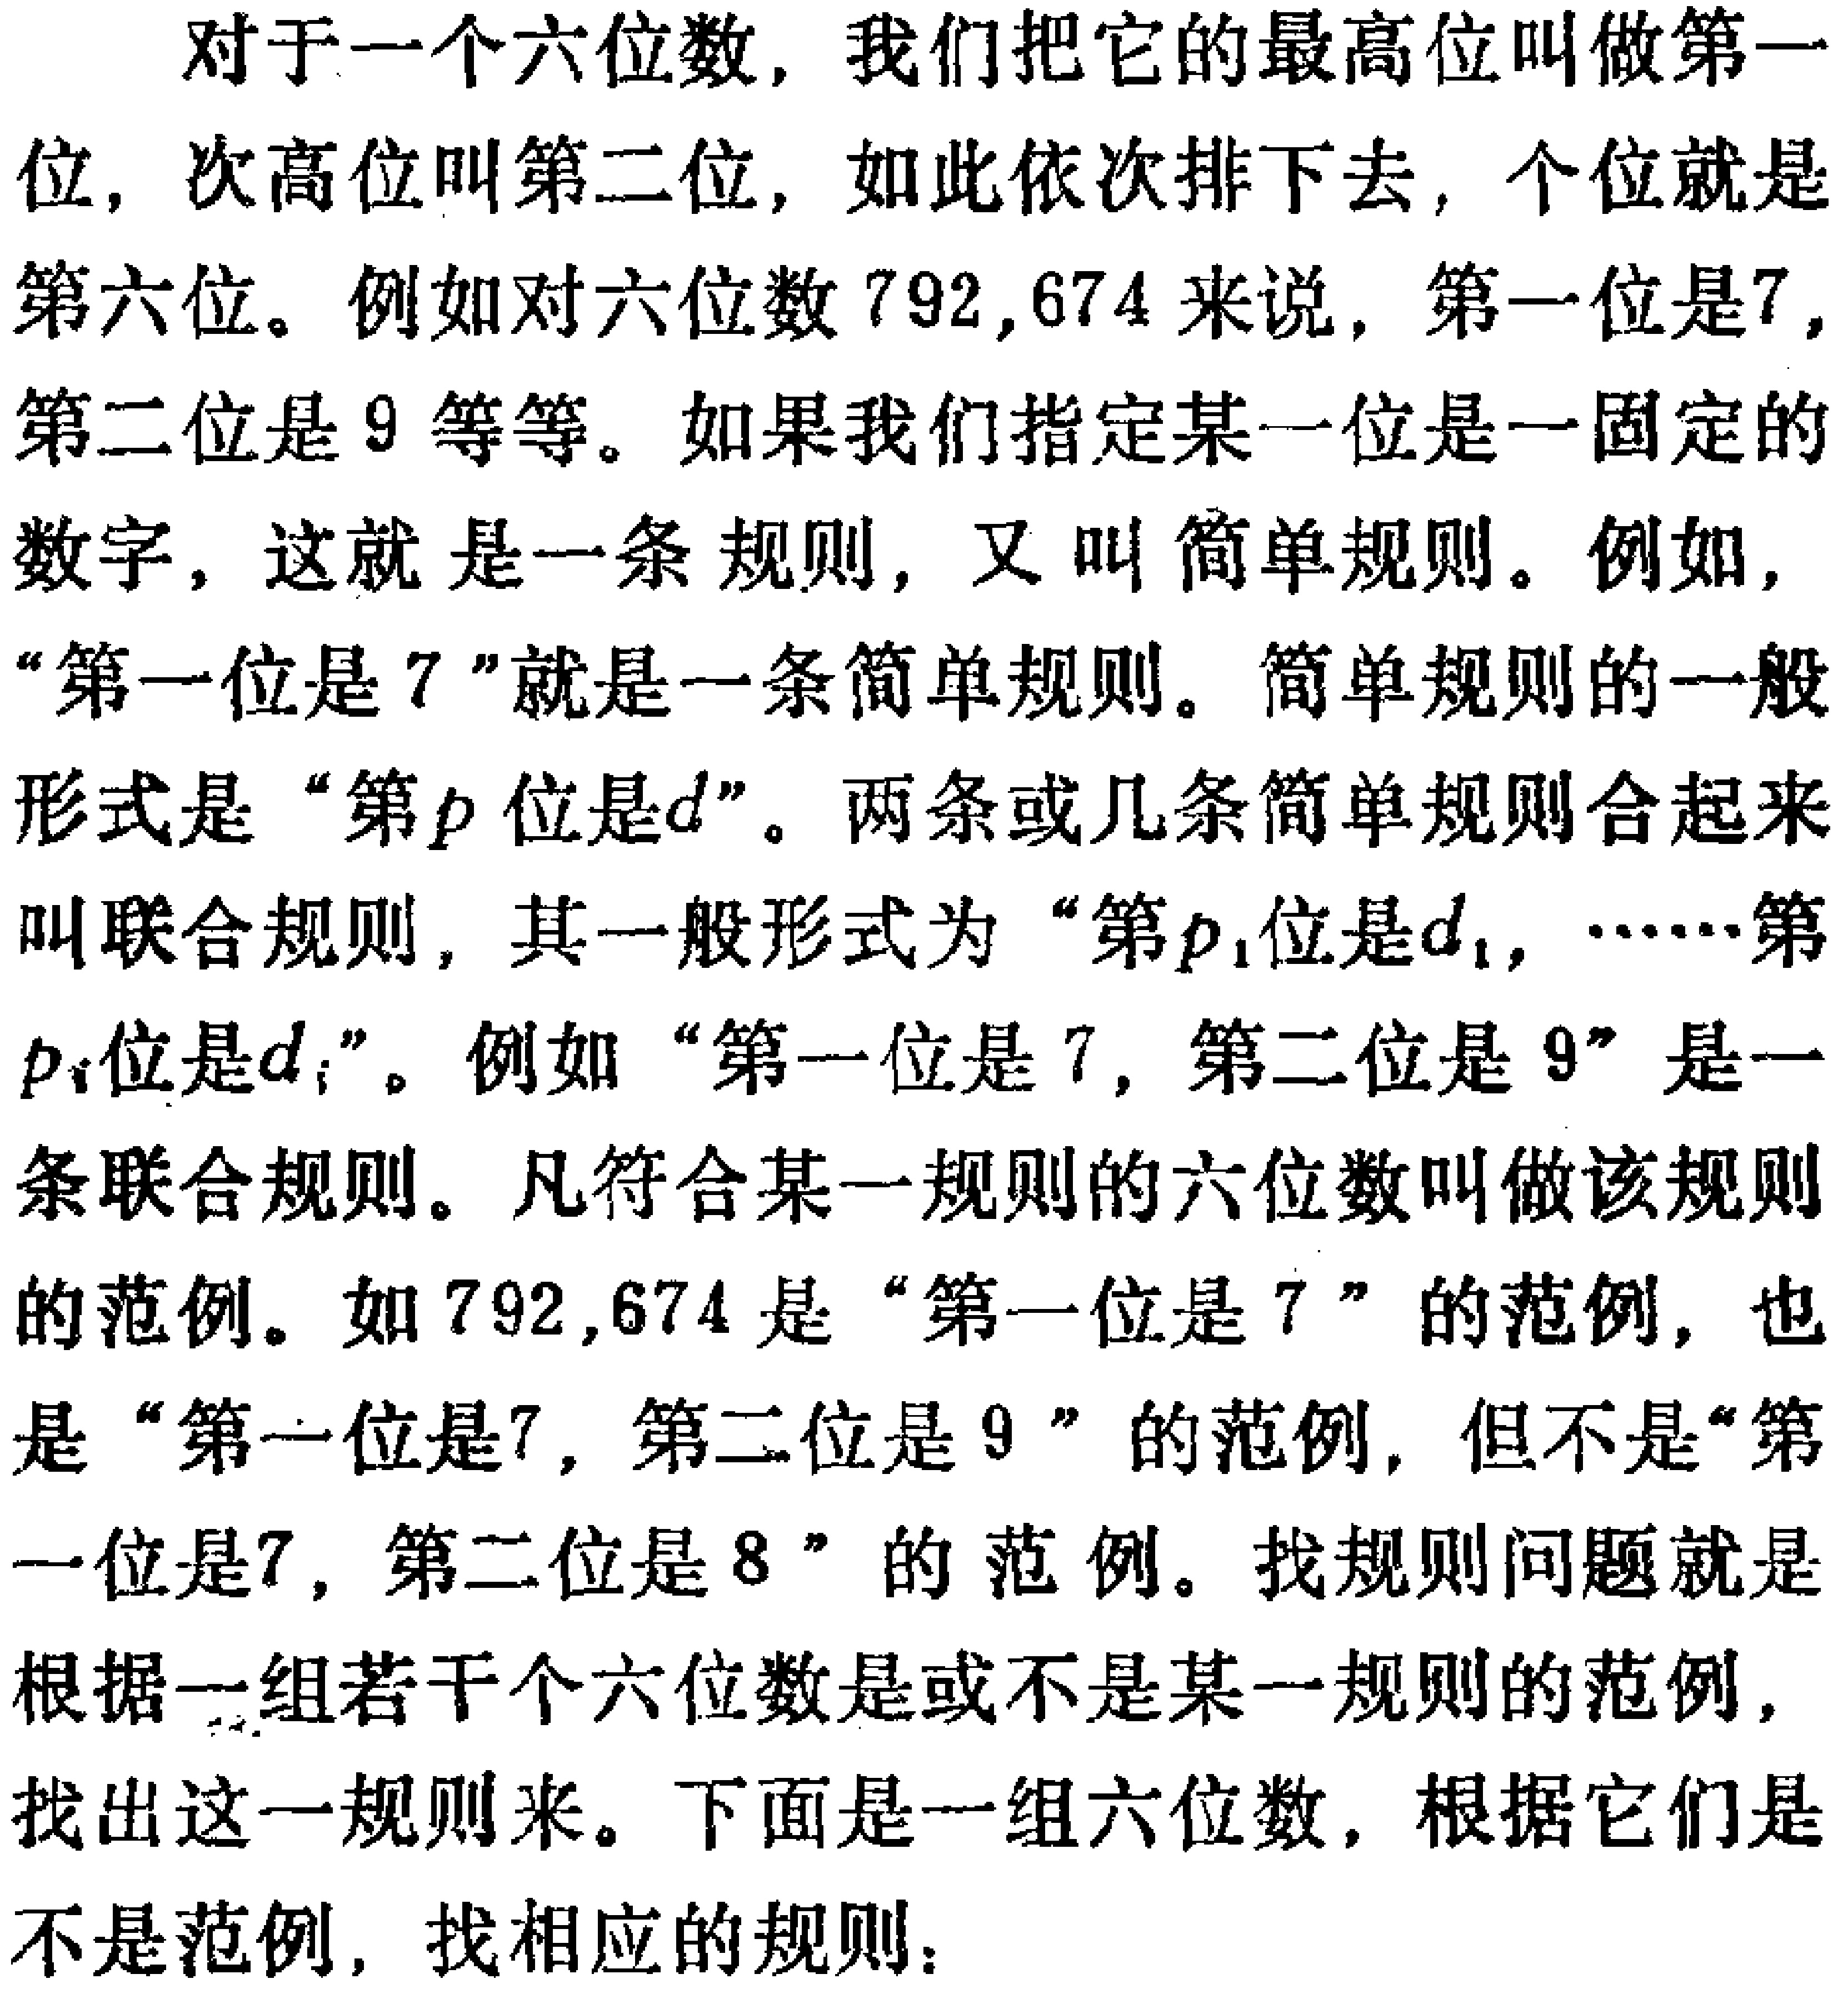
对于一个六位数，我们把它的最高位叫做第一位，次高位叫第二位，如此依次排下去，个位就是第六位。例如对六位数\(792,674\)来说，第一位是\(7\)，第二位是\(9\)等等。如果我们指定某一位是一固定的数字，这就 是一条规则，又 叫 简单规则。例如，“第一位是\(7\)”就是一条简单规则。简单规则的一般形式是 “第\(p\)位是\(d\)”。两条或几条简单规则合起来叫联合规则，其一般形式为 “第\(p_1\)位是\(d_1\)，\(\cdots\cdots\)第\(p_i\)位是\(d_i\)”。例如 “第一位是\(7\)，第二位是\(9\)” 是一条联合规则。凡符合某一规则的六位数叫做该规则的范例。如\(792,674\)是 “第一位是\(7\)” 的范例，也是 “第一位是\(7\)，第二位是\(9\)” 的范例，但不是“第一位是\(7\)，第二位是\(8\) ” 的范例。找规则问题就是根据一组若干个六位数是或不是某一规则的范例，找出这一规则来。下面是一组六位数，根据它们是不是范例，找相应的规则：